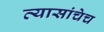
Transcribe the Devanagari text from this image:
व्यासांचेच